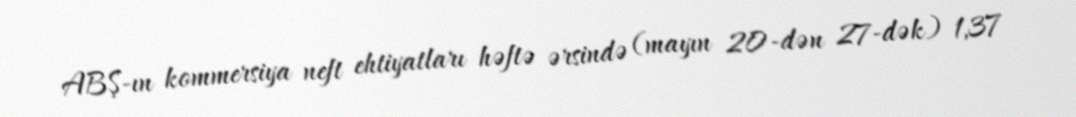
ABŞ-ın kommersiya neft ehtiyatları həftə ərsində (mayın 20-dən 27-dək) 1,37